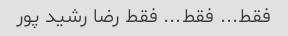
فقط... فقط... فقط رضا رشید پور